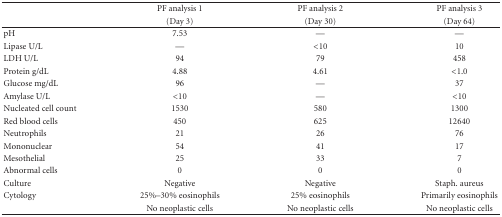
|  | PF analysis 1 | PF analysis 2 | PF analysis 3 |
 |  | (Day 3) | (Day 30) | (Day 64) |
 | --- | --- | --- | --- |
 | pH | 7.53 | — | — |
 | Lipase U/L | — | <10 | 10 |
 | LDH U/L | 94 | 79 | 458 |
 | Protein g/dL | 4.88 | 4.61 | <1.0 |
 | Glucose mg/dL | 96 | — | 37 |
 | Amylase U/L | <10 | — | <10 |
 | Nucleated cell count | 1530 | 580 | 1300 |
 | Red blood cells | 450 | 625 | 12640 |
 | Neutrophils | 21 | 26 | 76 |
 | Mononuclear | 54 | 41 | 17 |
 | Mesothelial | 25 | 33 | 7 |
 | Abnormal cells | 0 | 0 | 0 |
 | Culture | Negative | Negative | Staph. aureus |
 | Cytology | 25%–30% eosinophils | 25% eosinophils | Primarily eosinophils |
 |  | No neoplastic cells | No neoplastic cells | No neoplastic cells |